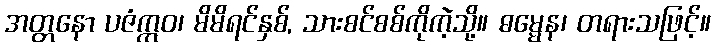
အတ္တနော ပဇံဣဝ၊ မိမိရင်နှစ်, သားစင်စစ်ကိုကဲ့သို့။ ဓမ္မေန၊ တရားသဖြင့်။